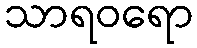
သာရဝရော